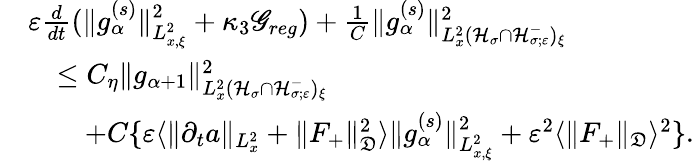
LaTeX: \begin{array}{rl}&{\varepsilon\frac{d}{dt}(\| g_{\alpha}^{(s)}\| _{L_{x,\xi}^{2}}^{2}+\kappa_{3}\mathscr G_{reg})+\frac{1}{C}\| g_{\alpha}^{(s)}\| _{L_{x}^{2}(\mathcal H_{\sigma}\cap\mathcal H_{\sigma;\varepsilon}^{-})_{\xi}}^{2}}\\ &{\quad\leq C_{\eta}\| g_{\alpha+1}\| _{L_{x}^{2}(\mathcal H_{\sigma}\cap\mathcal H_{\sigma;\varepsilon}^{-})_{\xi}}^{2}}\\ &{\quad\quad+C\{ \varepsilon\langle\| \partial_{t}a\| _{L_{x}^{2}}+\| F_{+}\| _{\mathfrak D}^{2}\rangle\| g_{\alpha}^{(s)}\| _{L_{x,\xi}^{2}}^{2}+\varepsilon^{2}\langle\| F_{+}\| _{\mathfrak D}\rangle^{2}\} .}\end{array}